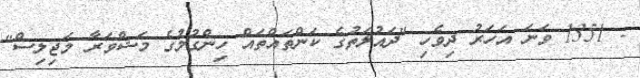
- 1351 ވަނަ އަހަރު ދިވެހި "ދައުލަތުގެ ކަންތައްތައް ހިންގުމުގެ މަޝްވަރާ މަޖިލިސް"